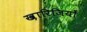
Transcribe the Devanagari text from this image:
ख़ारिजियों